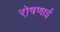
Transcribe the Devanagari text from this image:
रो़षणाई